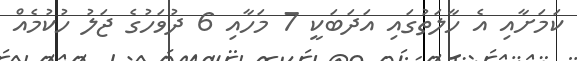
ކަމަށާއި އެ ހާލަތުގައި އަދަބަކީ 7 މަހާއި 6 ދުވަހުގެ ޖަލު ހުކުމެއް